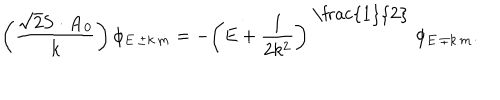
\left( \frac { \sqrt { 2 } { \bf S } \cdot { \bf A } _ { 0 } } { k } \right) \phi _ { E \, \pm k \, m } = - \left( E + \frac { 1 } { 2 k ^ { 2 } } \right) ^ { \mathrm { ~ \frac { 1 } { 2 } ~ } } \phi _ { E \, \mp k \, m } .